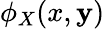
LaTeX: \phi_{X}(x,\mathbf{y})